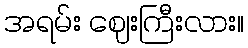
အရမ်း ဈေးကြီးလား။